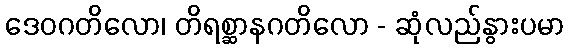
ဒေဝဂတိလော၊ တိရစ္ဆာနဂတိလော - ဆုံလည်နွားပမာ